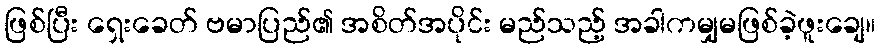
ဖြစ်ပြီး ရှေးခေတ် ဗမာပြည်၏ အစိတ်အပိုင်း မည်သည့် အခါကမျှမဖြစ်ခဲ့ဖူးချေ။